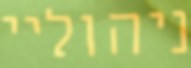
ניהוליי